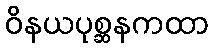
ဝိနယပုစ္ဆနကထာ